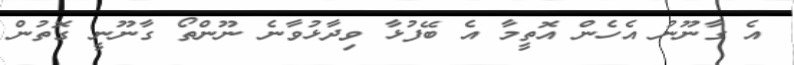
އެ ގާނޫނު އެހެން އޮތީމާ އެ ބޭފުޅާ ވިދާޅުވާނެ ނޫންތޯ ގާނޫނީ ގޮތުން